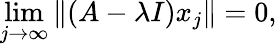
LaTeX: \operatorname*{lim}_{j\to\infty}\left\| (A-\lambda I)x_{j}\right\| =0,